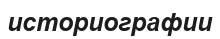
историографии